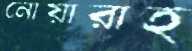
নোয়ারাহ